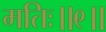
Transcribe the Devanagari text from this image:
मतिः॥९॥